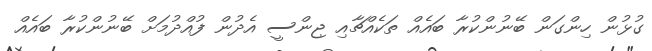
ގުޅުން ހިންގަން ބޭނުންކުރާ ބައެއް ތަކެއްޗާއި ޖިންސީ އެދުން ފުއްދުމަށް ބޭނުންކުރާ ބައެއް